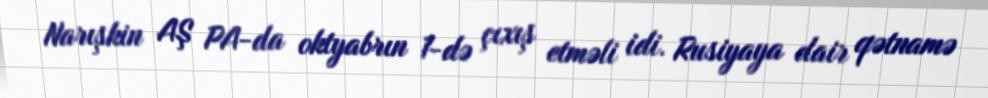
Narışkin AŞ PA-da oktyabrın 1-də çıxış etməli idi. Rusiyaya dair qətnamə